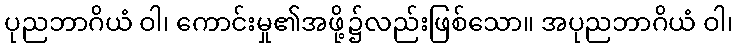
ပုညဘာဂိယံ ဝါ၊ ကောင်းမှု၏အဖို့၌လည်းဖြစ်သော။ အပုညဘာဂိယံ ဝါ၊